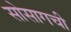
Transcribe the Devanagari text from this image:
सोसागची